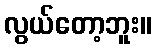
လွယ်တော့ဘူး။